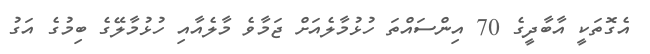
އެގޮތަކީ އާބާދީގެ 70 އިންސައްތަ ހުޅުމާލެއަށް ޖަމާވެ މާލެއާއި ހުޅުމާލޭގެ ބިމުގެ އަގު